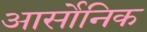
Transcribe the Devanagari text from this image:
आर्सोनिक